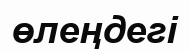
өлеңдегі